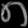
Digit: ၈